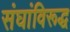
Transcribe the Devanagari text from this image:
संघांविरूद्ध